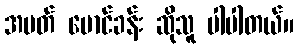
အမတ် မောင်ခန်း ဆိုသူ ပါပါတယ်။